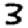
Digit: 3